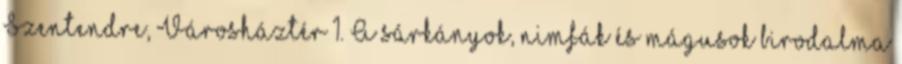
Szentendre, Városháztér 1. A sárkányok, nimfák és mágusok birodalma